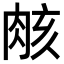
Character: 𮌑